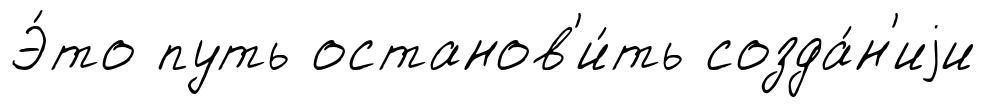
Э́то путь останов'и́ть созда́н'иjи